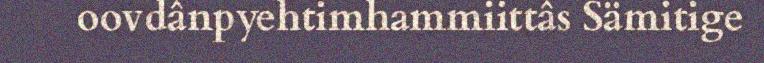
oovdânpyehtimhammiittâs Sämitige